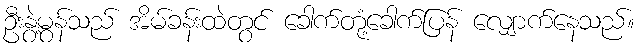
ဦးနွဲ့မွန်သည် အိမ်ခန်းထဲတွင် ခေါက်တုံ့ခေါက်ပြန် လျှောက်နေသည်။